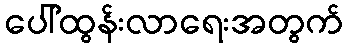
ပေါ်ထွန်းလာရေးအတွက်